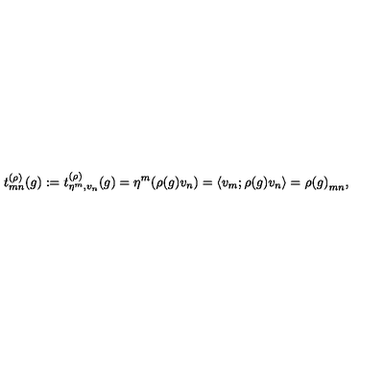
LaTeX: t _ { m n } ^ { ( \rho ) } ( g ) : = t _ { \eta ^ { m } , v _ { n } } ^ { ( \rho ) } ( g ) = \eta ^ { m } ( \rho ( g ) v _ { n } ) = \left< v _ { m } ; \rho ( g ) v _ { n } \right> = { \rho ( g ) } _ { m n } ,